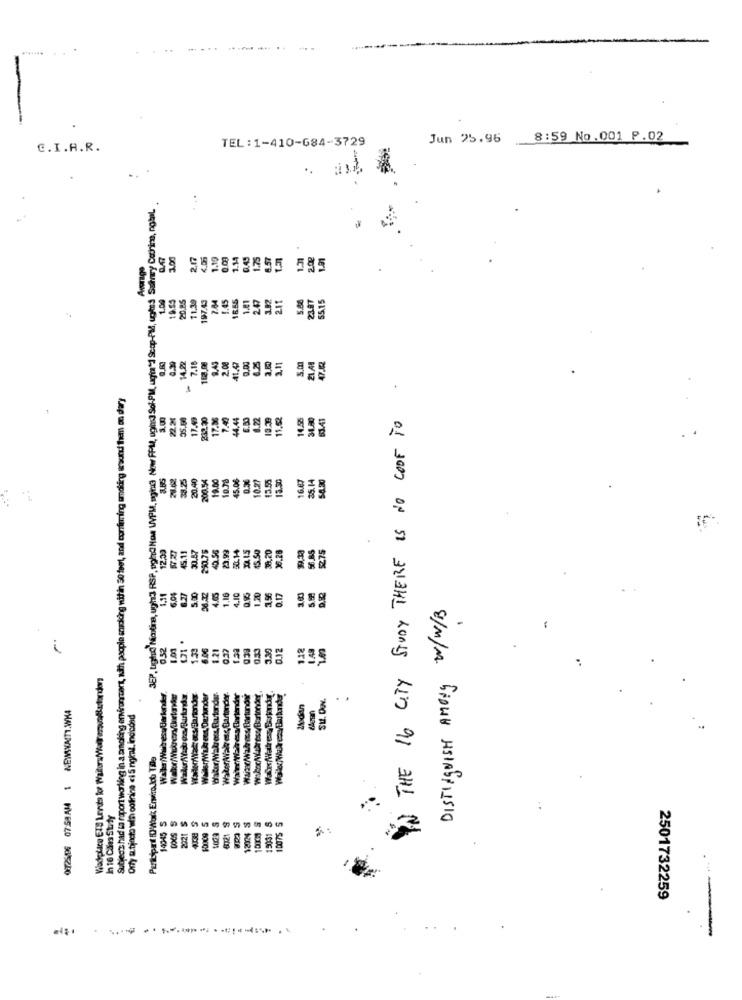
..
TEL:1-410-684-3729
Jun 25.96
8:59 No.001 P.02
C.I.A.R.
3EP, tigtud Niotina, ugh3 RSP, Dohod Now WPM, aging Now FPM, ugin] Sok-PM, ugim"1 Scop-PM, ug/ Ssinry Cothing, nobil.
3.00
2.17
4.05
1.19
0.00
1.14
0.45
1.75
6.57
200
1.91
Average
1.00
11.39
197.43
7.64
1.45
1865
1.41
247
3.92
211
23.97
5.15
20,85
0.30
9.43
2.08
6.25
2.11
21.48
14.22
7.18
162.00
Subject had ta raport working in a smoking environment, with paople snicking nitin 30 feet, and confirming smoking around them ou ders
17.56
44,44
6.22
18.30
11.52
14.52
34.40
63.41
IN THE 16 CITY STUDY THERE IS NO COOF TO
21.62
20.40
19.00
10.78
45.00
0.36
10.27
13.55
15.50
16.67
35.14
54.30
x
10
45.11
30.57
2901.75
23,99
15.50
38,20
36.28
56.85
$275
30.14
1,11
6.0$
6.27
5.00
4.65
1.16
1.20
3.56
0.17
DISTINGUISH AMONY W/W/B
-
0,52
1.71
.
1.21
0.37
0.12
118
3.34
Viadolico E18 Lerde for Walters/Waltervoltastanden
WallsrfWake ens, Darkunder
Waitadresy Bartender
Su. Duv.
NEWSYACT1.WKA
Bewan
. .
Orly subjecto win colinine «i S ngkaz. indinond
Participat DWork Eri ko Tole
0725196 07:58AM 1
In 16 Cales Stuty
14045
S
19031 5
10075
12024
---
2501732259